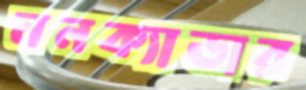
ননক্যাডার